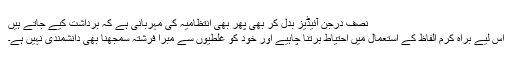
نصف درجن آئیڈیز بدل کر بھی پھر بھی انتظامیہ کی مہربانی ہے کہ برداشت کیے جاتے ہیں
اس لیے براہ کرم الفاظ کے استعمال میں احتیاط برتنا چاہیے اور خود کو غلطیوں سے مبرا فرشتہ سمجھنا بھی دانشمندی نہیں ہے۔